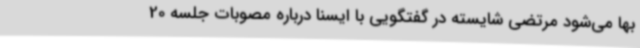
بها می‌شود مرتضی شایسته در گفتگویی با ایسنا درباره مصوبات جلسه 20